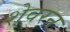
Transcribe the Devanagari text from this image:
शेवरन